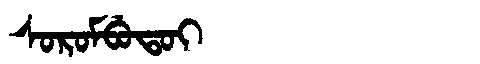
Manchu: ᠰᠣᡵᠣᠮᠪᡠᡨᠣᡳ
Romanization: SOROMBUTOI